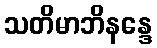
သတိမာဘိနန္ဒေ